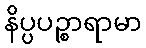
နိပ္ပပဉ္စာရာမာ